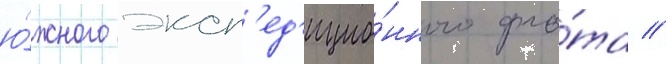
ю́жного эксп'ед'ицио́нного фло́та //